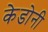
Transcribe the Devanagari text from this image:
केडोनी